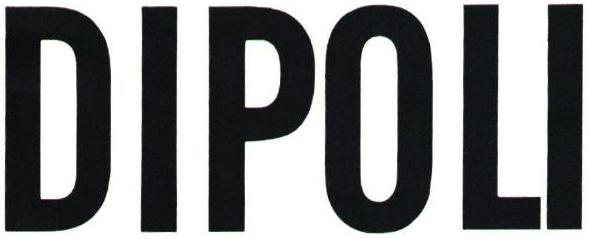
DIPOLI